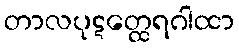
တာလပုဋတ္ထေရဂါထာ